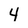
Character: 4